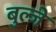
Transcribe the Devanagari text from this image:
बुल्जे